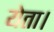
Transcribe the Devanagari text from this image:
येता।